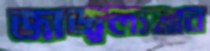
জাজ্বল্যমান